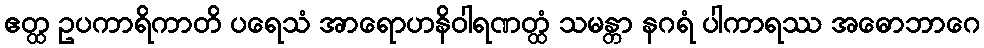
ဧတ္ထ ဥပကာရိကာတိ ပရေသံ အာရောဟနိဝါရဏတ္ထံ သမန္တာ နဂရံ ပါကာရဿ အဓောဘာဂေ